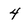
Character: 4